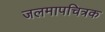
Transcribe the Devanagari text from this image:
जलमापचित्रक